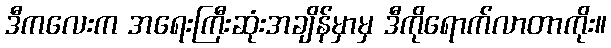
ဒီကလေးက အရေးကြီးဆုံးအချိန်မှာမှ ဒီကိုရောက်လာတာကိုး။